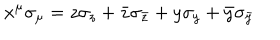
LaTeX: x ^ { \mu } \sigma _ { \mu } = z \sigma _ { z } + \bar { z } \sigma _ { \bar { z } } + y \sigma _ { y } + \bar { y } \sigma _ { \bar { y } }